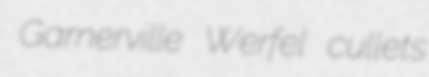
Garnerville Werfel cullets